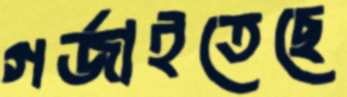
গর্জাইতেছে